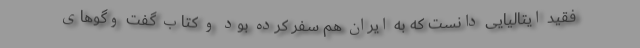
فقید ایتالیایی دانست که به ایران هم سفر کرده بود و کتاب گفت و‌گوهای